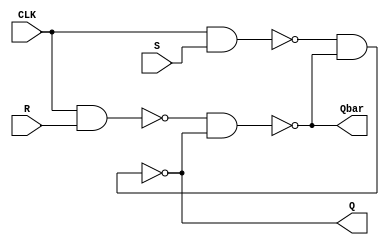
module SR_FF_design (
    input S, R, CLK,
    output Q, Qbar
    );
    
    wire X1, X2;

    nand (X1, CLK, S);
    nand (X2, CLK, R);
    nand (Q, X1, Qbar); 
    nand (Qbar, X2, Q);
endmodule